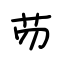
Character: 芴